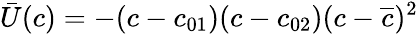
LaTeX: \bar{U}(c)=-(c-c_{01})(c-c_{02})(c-\overline{{c}})^{2}